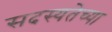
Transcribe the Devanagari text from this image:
सदस्यतेच्या